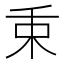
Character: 𣏮